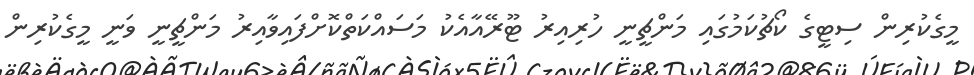
މީގެކުރިން ސިޓީގެ ކޯޗުކަމުގައި މަންޗީނީ ހުރިއިރު ޓޫރޭއާއެކު މަސައްކަތްކޮށްފައިވާއިރު މަންޗީނީ ވަނީ މީގެކުރިން